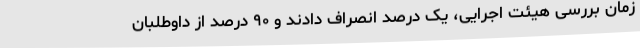
زمان بررسی هیئت اجرایی، یک درصد انصراف دادند و ۹۰ درصد از داوطلبان